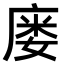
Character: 𫷹